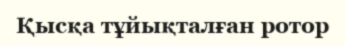
Қысқа тұйықталған ротор